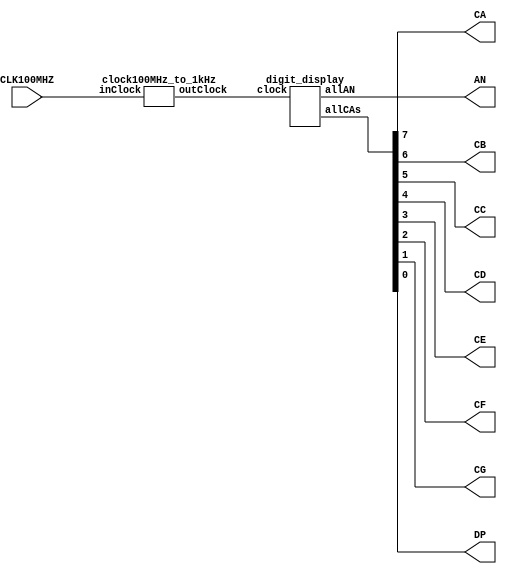
`timescale 1ns / 1ps

//main display
module display(
    input CLK100MHZ,
    output [7:0] AN,
    output CA,CB,CC,CD,CE,CF,CG,DP
);
    
    wire [7:0] CAs;
    assign CA = CAs[7];
    assign CB = CAs[6];
    assign CC = CAs[5];
    assign CD = CAs[4];
    assign CE = CAs[3];
    assign CF = CAs[2];
    assign CG = CAs[1];
    assign DP = CAs[0];
    
    wire clockWire;
    clock100MHz_to_1kHz setClock(CLK100MHZ,clockWire);
    digit_display mapDigit(clockWire,AN,CAs);
    
endmodule


//100 MHz to 1 kHz
//17 bits needed since 100 MHz to 1 kHz is 100,000 cycles (log2(100,000) = 16.6)
//reused from part A (question 1 of Lab 7)
module clock100MHz_to_1kHz(
    input inClock,
    output reg outClock
);
    
    reg [16:0] ctr=0;
    
    always @ (posedge inClock) begin
        if(ctr == 49_999) begin
            outClock <= 1'b0;
            ctr <= ctr + 1;            
        end else if(ctr == 99_999) begin
            outClock <= 1'b1;
            ctr <= 0;
        end else begin
            ctr <= ctr + 1'b1;
        end         
    end
endmodule

//digit display using all ANs and all CAs
module digit_display(
    input clock,
    output reg [7:0] allAN,
    output reg [7:0] allCAs
);

    reg [4:0] ctr=0;
    
    always @(posedge clock) begin
        if(ctr == 4'b0000) begin
            allAN <= 8'b1111_0111;
            allCAs <= 8'b1001_1111;
            
        end else if(ctr == 4'b0001) begin
            allAN <= 8'b1111_1011;
            allCAs <= 8'b0010_0101;
            
        end else if(ctr == 4'b0010) begin
            allAN <= 8'b1111_1101;        
            allCAs <= 8'b0000_1101;

        end else if(ctr == 4'b0011) begin
            allAN <= 8'b1111_1110;
            allCAs <= 8'b1001_1001;

        end else begin
            allAN <= 8'b1111_1111;
            allCAs <= 8'b1111_1111;
           
        end 
        
        if(ctr == 4'b1111) begin
            ctr <= 4'b0000;
        end else begin
            ctr <= ctr + 1'b1;        
        end   
    end
    
endmodule